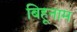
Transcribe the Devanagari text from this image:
बिहूनाम